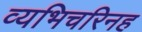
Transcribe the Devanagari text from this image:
व्यभिचरिनह